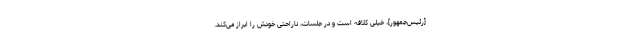
[رئیس‌جمهور]، خیلى كلافه است و در جلسات، ناراحتى خودش را ابراز مى‌كند.